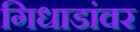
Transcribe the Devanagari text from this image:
गिधाडांवर